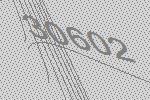
30602